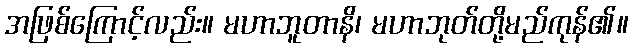
အဖြစ်ကြောင့်လည်း။ မဟာဘူတာနိ၊ မဟာဘုတ်တို့မည်ကုန်၏။